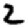
Digit: 2